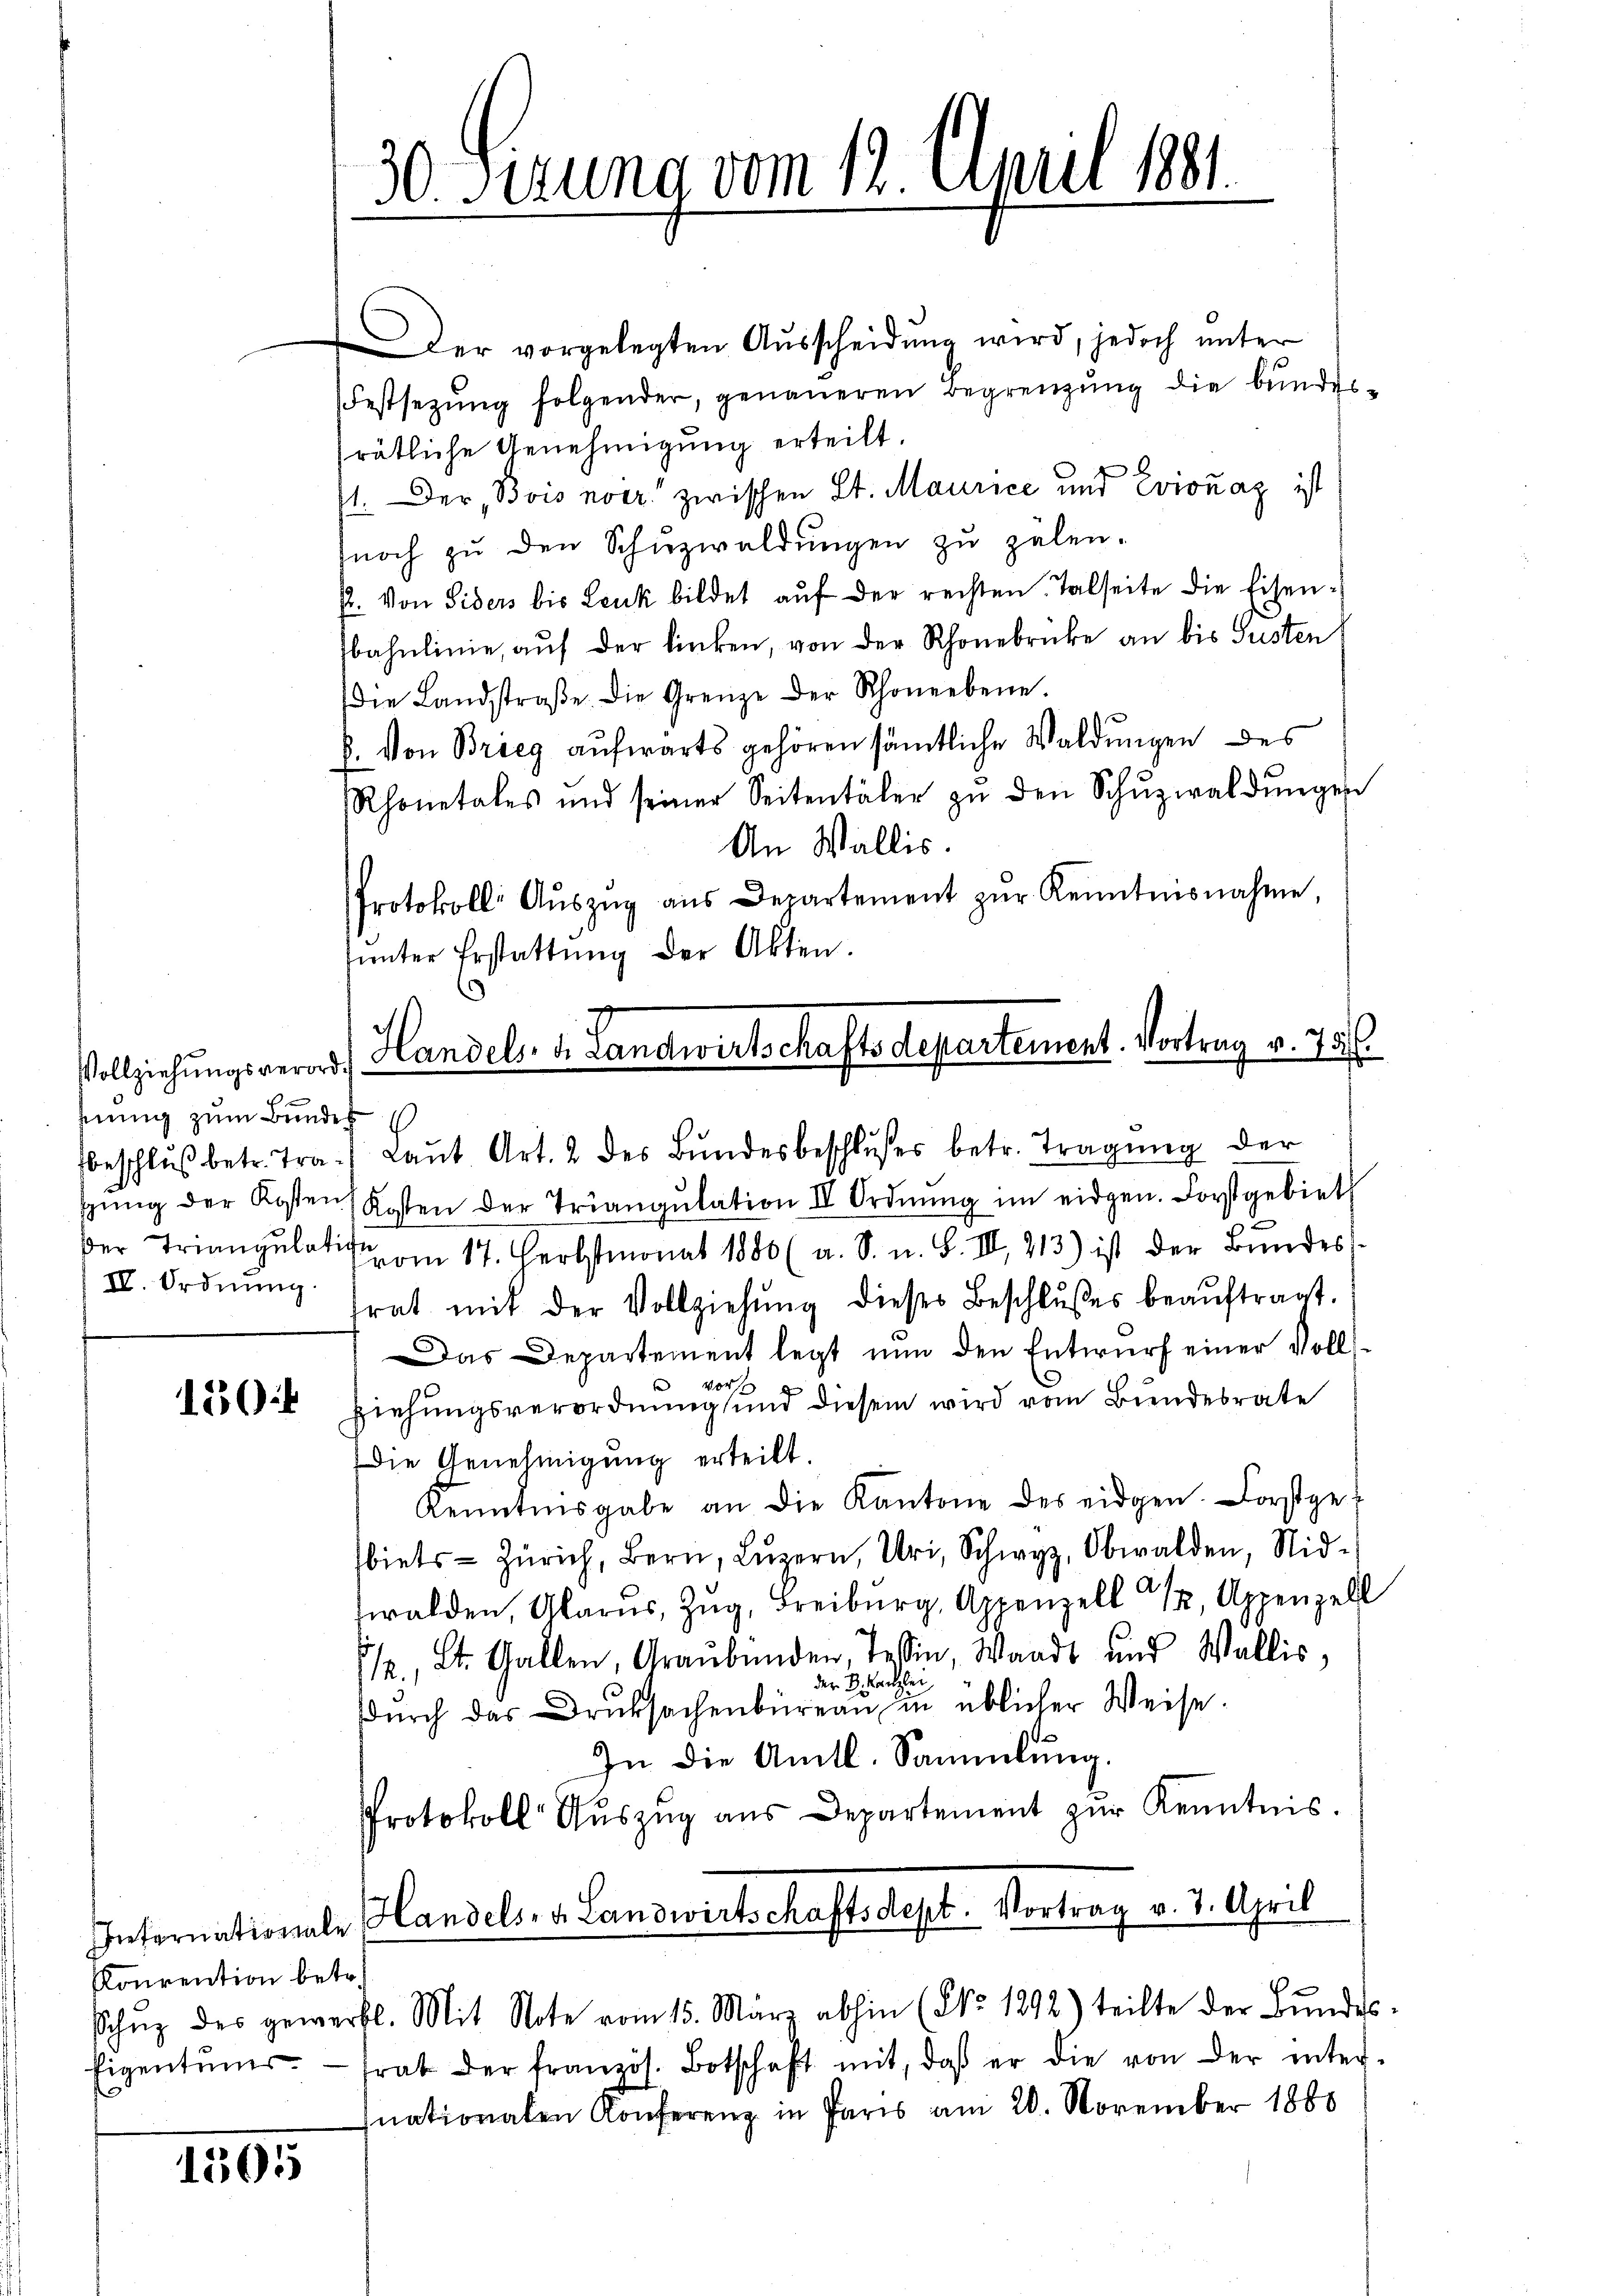
Vollziehungsverordhnung zum Bundes
IV. Ordnung.

150

Konvention betr.
Eigentums.

1505

30. Serung vom 12. April 1881.

Der vorgelegten Ausscheidung wird, jedoch unter
Festsezŭng folgender, genaueren Begrenzung die bundes-
srätliche Genehmigung erteilt.
st. Der Bois aver zwischen St. Maurice und Eviouaz ist
noch zŭ den Schŭzwaldŭngen zŭ zalen.
/. Von Siders bis Leuk bildet aŭf der rechten Talseite die Eisen-
bahnlinie, auf der linken, von der Rhonebricke an bis Susten
Die Landstraβe. Die Grenze der Schoneebene.
6. Von Brieg aufwärts gehören sämtliche Waldungen des
Rhonetales und seiner Seitentäler zŭ den Schŭzwaldŭngen
An Wallis.
Protokoll: Aŭszŭg ans Departement zŭr Kenntnisnahme,
sunter Erstattung der Akten.
beschlŭβ betr. Tra. Laŭt Art. 2 des Bŭndesbeschlŭsses betr. Tragŭng der
sŭng der Kosten, Kosten der Triangŭlation II Ordnŭng im eidgen. Forstgebiet
der Triangulat am 17. Herbstmonat 1880 (a. S. u. S. III 213) ist der Bŭndes-
trat mit der Vollziehŭng dieses Beschlŭβes beaŭftragt.
Das Departement legt nŭn den Entwurf einer Vollziehungsverordnung und diesem wird vom Bundesrate
Die Genehmigung erteilt.
Kenntnisgabe an die Kantone des eidgen. Forstge-
biets Zürich, Bern, Lŭzern, Uri, Schwyz, Obwalden, Nid-
walden, Glarus, Zug, Freiburg, Appenzell   12, Appenzell
1/2. St. Gallen, Graubünden, Tessin, Waadt und Wallis,
der B. Kanzlei
dŭrch das Druksachenbüreau in üblicher Weise.
In die Amtl. Sammlung.
Protokoll Aŭszŭg aŭs Departement zŭr Kenntnis.
Internationale Handels- u. Landwirtschaftsdept. Vortrag v. 7. April
Schŭz des gewerbl. Mit Note vom 15. März abhin (No 1292) teilte der Bŭndes
frat der französ. Botschaft mit, daß er die von der inter-
nationalen Konferenz in Paris am 20. November 1860

Handels- u. Landwirtschafts Departement. Vortrag v. 75 f.